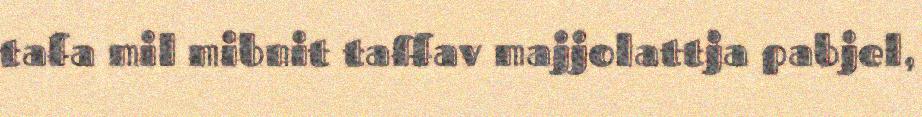
tafa mil mibnit taffav majjolattja pabjel,